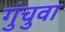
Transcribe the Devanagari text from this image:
गुंचुवा